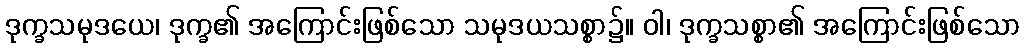
ဒုက္ခသမုဒယေ၊ ဒုက္ခ၏ အကြောင်းဖြစ်သော သမုဒယသစ္စာ၌။ ဝါ၊ ဒုက္ခသစ္စာ၏ အကြောင်းဖြစ်သော